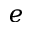
e